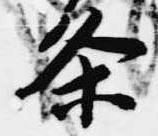
条